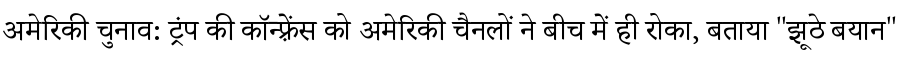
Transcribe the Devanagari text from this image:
अमेरिकी चुनाव: ट्रंप की कॉन्फ़्रेंस को अमेरिकी चैनलों ने बीच में ही रोका, बताया "झूठे बयान"